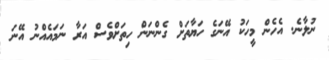
ނުލާނެ. އެހެން މީހަކު އޭނަގެ ހަޔާތަށް ގެންނަން ހިތަށްވެސް އަރާ ނަމައެއްނު އޭނަ